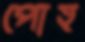
পোহ